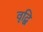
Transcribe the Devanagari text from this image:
वृद्बि